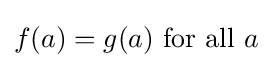
f(a)=g(a){\text{ for all }}a